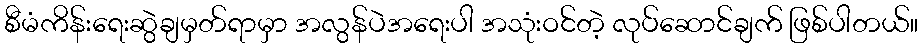
စီမံကိန်းရေးဆွဲချမှတ်ရာမှာ အလွန်ပဲအရေးပါ အသုံးဝင်တဲ့ လုပ်ဆောင်ချက် ဖြစ်ပါတယ်။